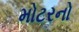
મોટરનો